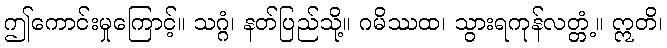
ဤကောင်းမှုကြောင့်။ သဂ္ဂံ၊ နတ်ပြည်သို့။ ဂမိဿထ၊ သွားရကုန်လတ္တံ့။ ဣတိ၊